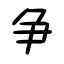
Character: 争